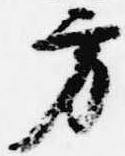
方